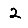
Digit: 2